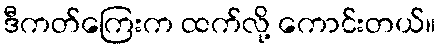
ဒီကတ်ကြေးက ထက်လို့ ကောင်းတယ်။